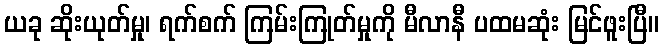
ယခု ဆိုးယုတ်မှု၊ ရက်စက် ကြမ်းကြုတ်မှုကို မီလာနီ ပထမဆုံး မြင်ဖူးပြီ။